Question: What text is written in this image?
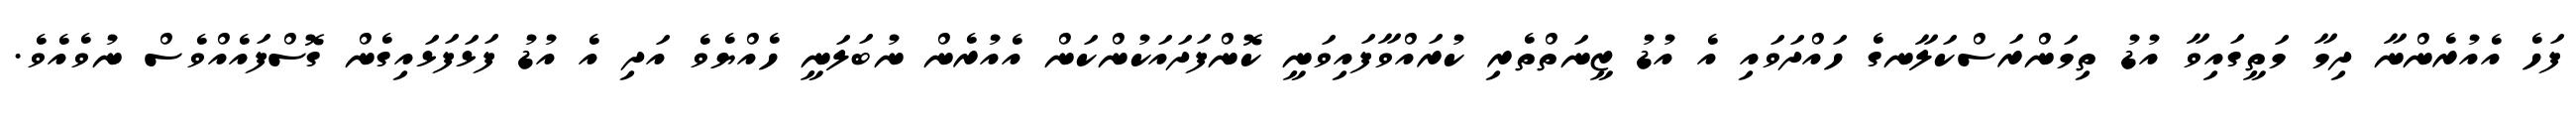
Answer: ފަހެ އެއުރެންނާ ދިމާ މަތީގައިވާ އުޑު ތިމަންރަސްކަލާނގެ ހައްދަވައި އެ އުޑު ޒީނަތްތެރި ކުރައްވާފައިވަނީ ކޮންފަދައަކުންކަން އެއުރެން ނުބަލަނީ ހެއްޔެވެ އަދި އެ އުޑު ފަޅަފަޅައިގެން ގޮސްފައެއްވެސް ނުވެއެވެ.